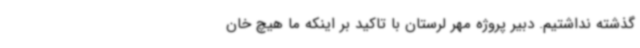
گذشته نداشتیم. دبیر پروژه مهر لرستان با تاکید بر اینکه ما هیچ خان